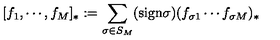
[ f _ { 1 } , \cdots , f _ { M } ] _ { * } : = \sum _ { \sigma \in S _ { M } } ( \mathrm { s i g n } \sigma ) ( f _ { \sigma 1 } \cdots f _ { \sigma M } ) _ { * }